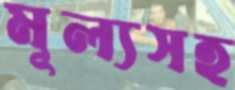
মূল্যসহ